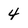
Character: 4